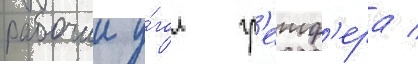
рабочии у́гол гр'еиф'ера /